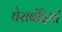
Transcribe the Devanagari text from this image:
घेराबंदियाँ